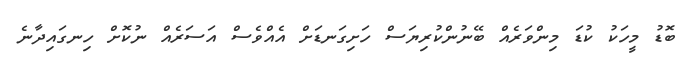
ބޮޑު މީހަކު ކުޑަ މިންވަރެއް ބޭނުންކުރިޔަސް ހަށިގަނޑަށް އެއްވެސް އަސަރެއް ނުކޮށް ހިނގައިދާނެ